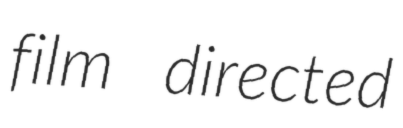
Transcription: film directed